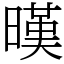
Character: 暵